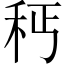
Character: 𥝽